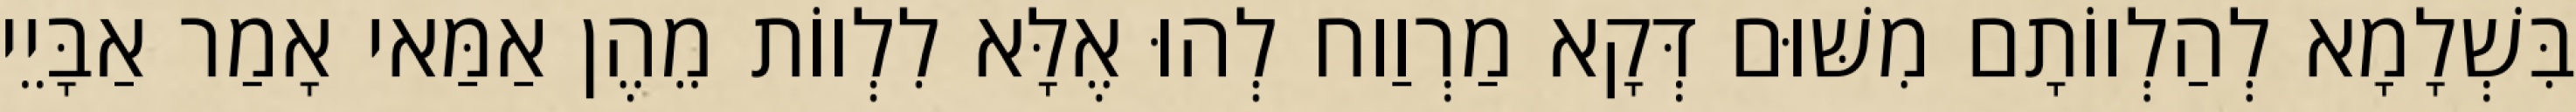
בִּשְׁלָמָא לְהַלְווֹתָם מִשּׁוּם דְּקָא מַרְוַוח לְהוּ אֶלָּא לִלְווֹת מֵהֶן אַמַּאי אָמַר אַבָּיֵי